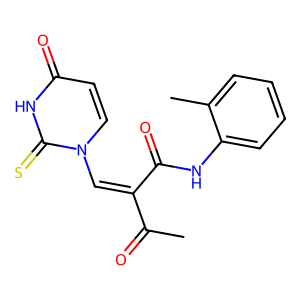
SMILES: CC(=O)C(=Cn1ccc(=O)[nH]c1=S)C(=O)Nc1ccccc1C
Inhibits HIV replication: No